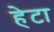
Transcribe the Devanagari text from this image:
हेटा